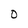
Character: 0